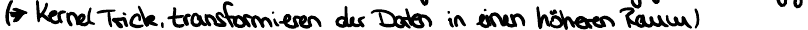
(-> Kernel Trick, transformieren der Daten in einen höheren Raum)